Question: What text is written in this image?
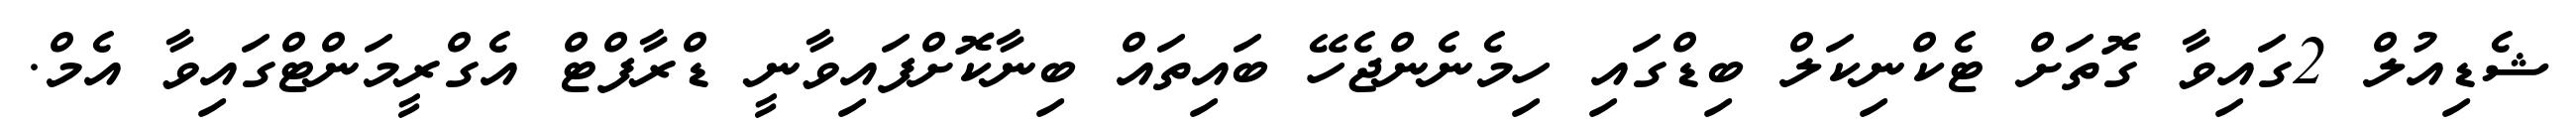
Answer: ޝެޑިއުލް 2ގައިވާ ގޮތަށް ޓެކްނިކަލް ބިޑްގައި ހިމެނެންޖެހޭ ބައިތައް ބިނާކޮށްފައިވާނީ ޑްރާފްޓް އެގްރީމަންޓްގައިވާ އެމް.